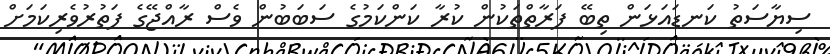
ސިޔާސަތު ކަނޑައަޅަން ތިބޭ ފަރާތްތަކުން ކުރާ ކަންކަމުގެ ސަބަބުން ވެސް ރާއްޖޭގެ ފަތުރުވެރިކަމަށް